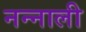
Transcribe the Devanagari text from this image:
नन्नाली